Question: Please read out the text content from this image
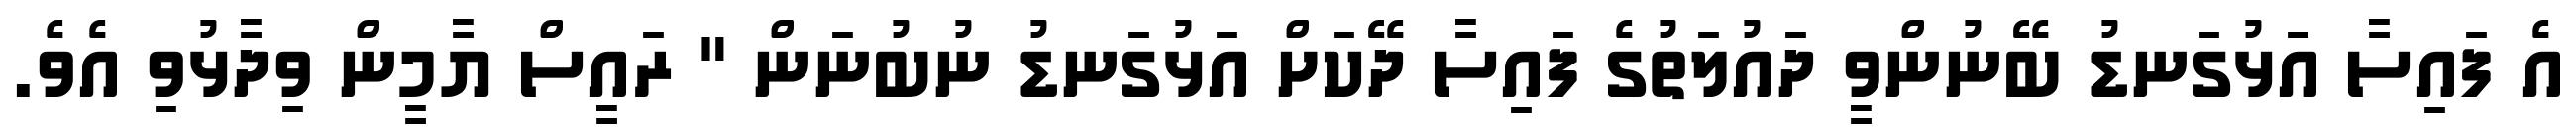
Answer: އެ ފައިސާ އަޅުގަނޑު ބޭނުންވީ ދައުލަތުގެ ފައިސާ ދޭކަށް އަޅުގަނޑު ނުބުނަން " ރައީސް ޔާމީން ވިދާޅުވި އެވެ.